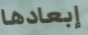
إبعادها